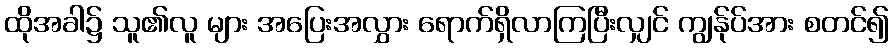
ထိုအခါ၌ သူ၏လူ များ အပြေးအလွှား ရောက်ရှိလာကြပြီးလျှင် ကျွန်ုပ်အား စတင်၍